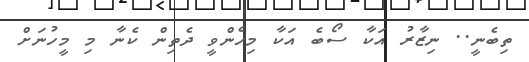
ތިބެނީ.. ނިޒާރު އަކާ ސޯބެ އަކާ މިހެންވީ ދެތިން ކެނާ މި މީހުނަށް